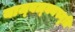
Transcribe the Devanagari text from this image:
याज्‍वल्क्यस्मृति